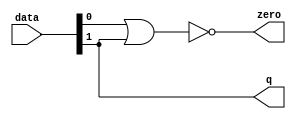
module  int_to_fp_altpriority_encoder_3e8
	(
	data,
	q,
	zero) ;
	input   [1:0]  data;
	output   [0:0]  q;
	output   zero;
	assign
		q = {data[1]},
		zero = (~ (data[0] | data[1]));
endmodule